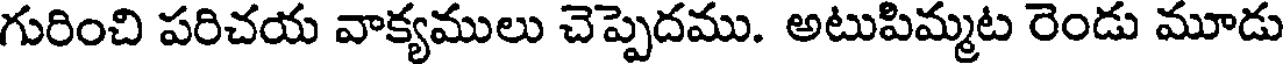
గురించి పరిచయ వాక్యములు చెప్పెదము. అటుపిమ్మట రెండు మూడు